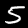
Label: 5